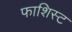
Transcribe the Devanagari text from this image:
फाशिस्ट